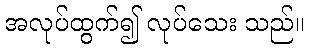
အလုပ်ထွက်၍ လုပ်သေး သည်။